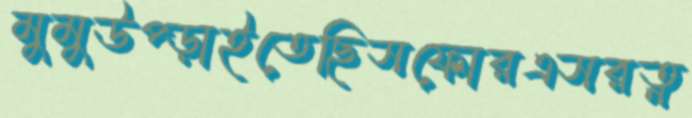
মুমুউপ্‌ড়াইতেছিসফোরএসরত্ন